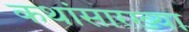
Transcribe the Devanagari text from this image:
कथांसारख्या